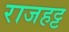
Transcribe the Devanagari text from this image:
राजहट्ट